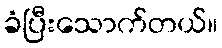
ခံပြီးသောက်တယ်။